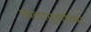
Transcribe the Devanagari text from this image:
कलागुणांच्या